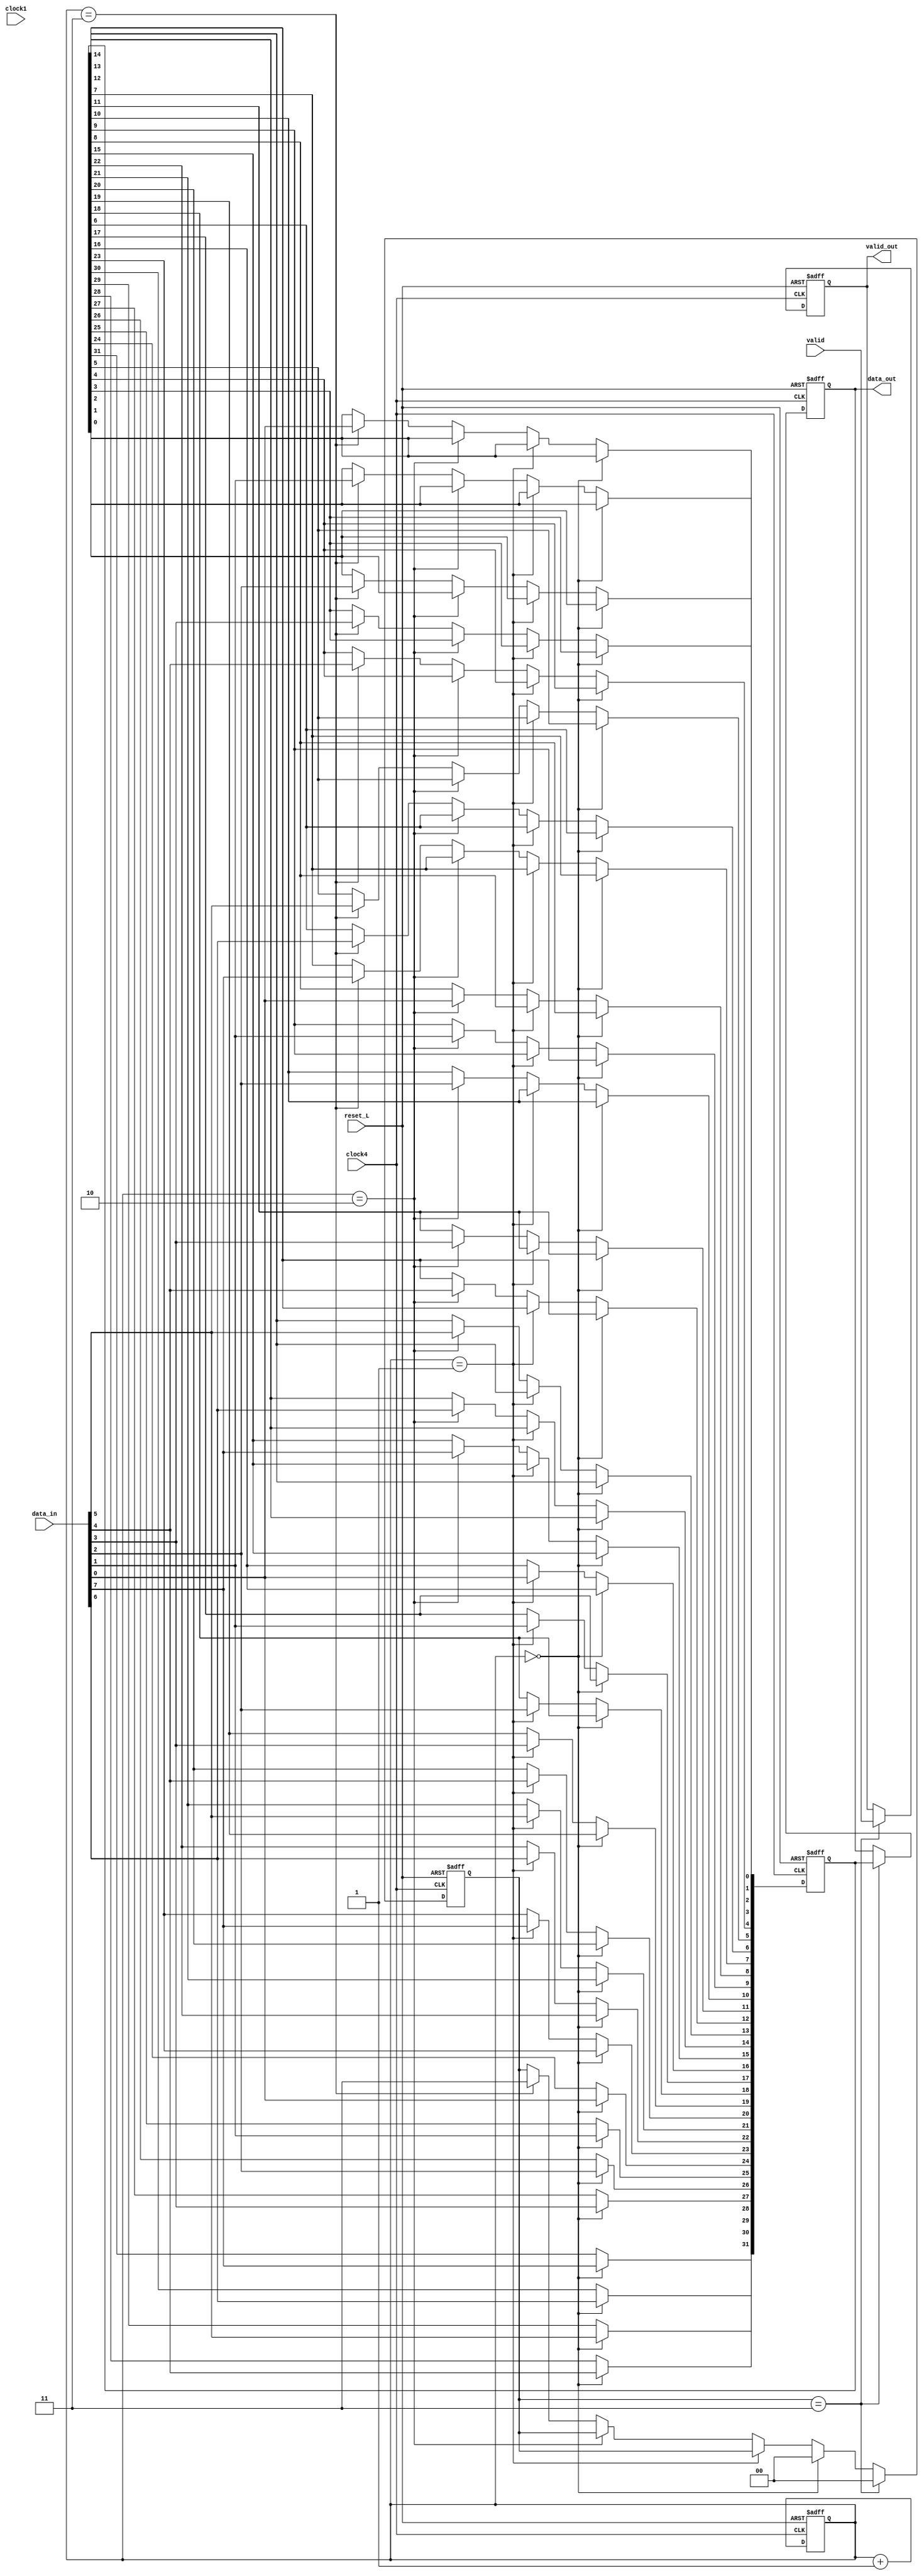
//Convertir una entrada de 32b a 8b

module c8b_32b(input[7:0] data_in,
	      output reg [31:0] data_out,
	      input 	       valid,
	      input 	       clock1,
	      input 	       clock4,
         input           reset_L,
         output reg      valid_out);

   reg [31:0] 		       bus0;
   reg [1:0] 		       counter,counter0;
   /*always @(negedge valid) begin
         valid_out<=0;
         bus0<='h00000000;
         counter<=3;
         data_out<=0;
   end*/
   always @(posedge clock4 or negedge reset_L) begin
      if(~reset_L) begin
         valid_out<=0;
         bus0<='h00000000;
         counter<=3;
         counter0<=0;
         data_out<=0;
      end else begin 
         if(counter==0) begin
         bus0[24] <= data_in[0];
         bus0[25] <= data_in[1];
         bus0[26] <= data_in[2];
         bus0[27] <= data_in[3];
         bus0[28] <= data_in[4];//cuartos 8bits
         bus0[29] <= data_in[5];
         bus0[30] <= data_in[6];
         bus0[31] <= data_in[7];
         counter0 <= 0;
         end
         
         else if(counter==1)begin
         bus0[16] <= data_in[0];
         bus0[17] <= data_in[1];
         bus0[18] <= data_in[2];
         bus0[19] <= data_in[3];
         bus0[20] <= data_in[4];//terceros 8bits
         bus0[21] <= data_in[5];
         bus0[22] <= data_in[6];
         bus0[23] <= data_in[7];
         //counter <= 2;
         end
         
         else if(counter==2)begin
         bus0[8] <= data_in[0];
         bus0[9] <= data_in[1];
         bus0[10] <= data_in[2];
         bus0[11] <= data_in[3];
         bus0[12] <= data_in[4];//segundos 8bits
         bus0[13] <= data_in[5];
         bus0[14] <= data_in[6];
         bus0[15] <= data_in[7];
         //counter <= 3;
         end
         else if(counter==3)begin
         bus0[0] <= data_in[0];
         bus0[1] <= data_in[1];
         bus0[2] <= data_in[2];
         bus0[3] <= data_in[3];
         bus0[4] <= data_in[4]; //primeros 8bits
         bus0[5] <= data_in[5];
         bus0[6] <= data_in[6];
         bus0[7] <= data_in[7];
         //counter <= 0;
         counter0<=3;
         end
         if(counter0==3) begin
            data_out <= bus0;
            valid_out <= valid;
            counter0<=0;
         end
         counter<=counter+1'b1;
      end
   end
endmodule // c32b_8b